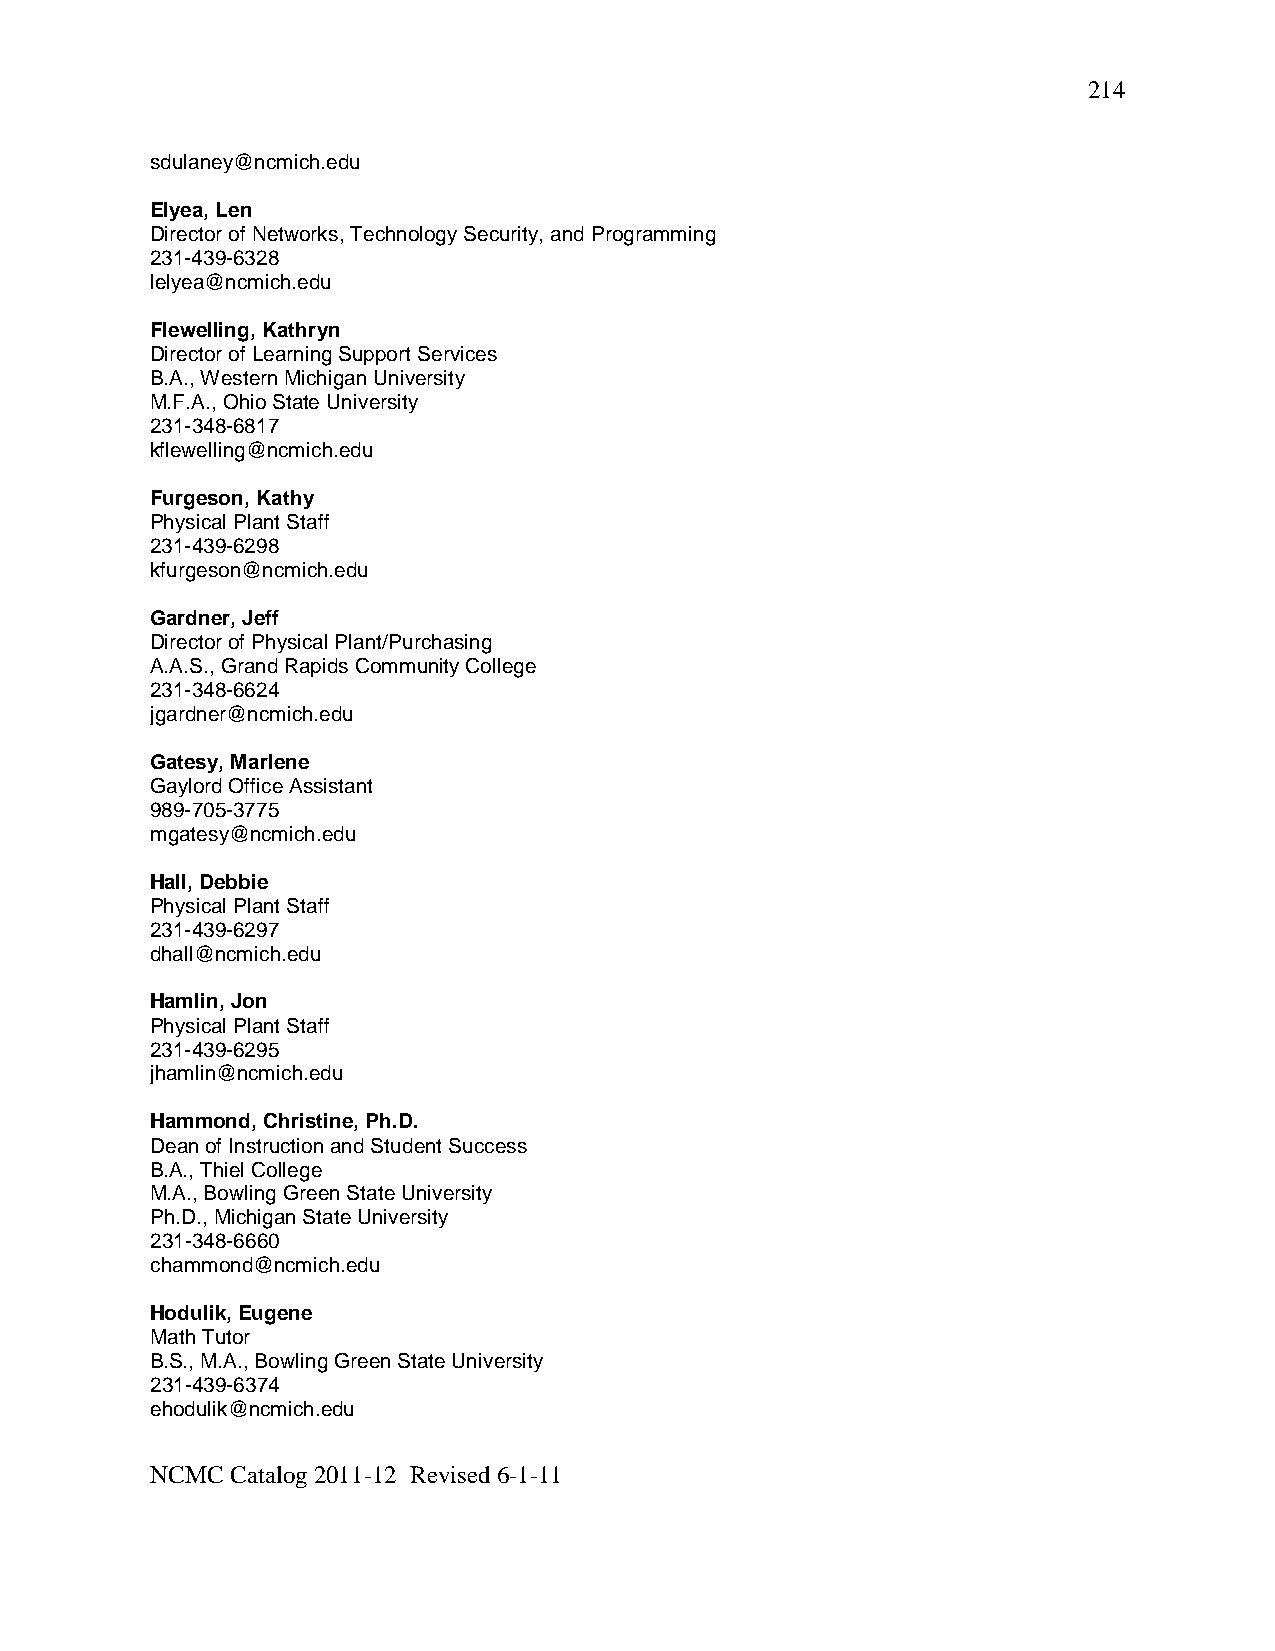
214
 sdulaney@ncmich.edu
 Elyea, Len
 Director of Networks, Technology Security, and Programming
 231-439-6328
 lelyea@ncmich.edu
 Flewelling, Kathryn
 Director of Learning Support Services
 B.A., Western Michigan University
 M.F.A., Ohio State University
 231-348-6817
 kflewelling@ncmich.edu
 Furgeson, Kathy
 Physical Plant Staff
 231-439-6298
 kfurgeson@ncmich.edu
 Gardner, Jeff
 Director of Physical Plant/Purchasing
 A.A.S., Grand Rapids Community College
 231-348-6624
 jgardner@ncmich.edu
 Gatesy, Marlene
 Gaylord Office Assistant
 989-705-3775
 mgatesy@ncmich.edu
 Hall, Debbie
 Physical Plant Staff
 231-439-6297
 dhall@ncmich.edu
 Hamlin, Jon
 Physical Plant Staff
 231-439-6295
 jhamlin@ncmich.edu
 Hammond, Christine, Ph.D.
 Dean of Instruction and Student Success
 B.A., Thiel College
 M.A., Bowling Green State University
 Ph.D., Michigan State University
 231-348-6660
 chammond@ncmich.edu
 Hodulik, Eugene
 Math Tutor
 B.S., M.A., Bowling Green State University
 231-439-6374
 ehodulik@ncmich.edu
 NCMC Catalog 2011-12 Revised 6-1-11